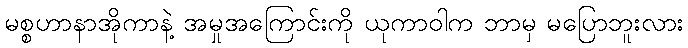
မစ္စဟာနာအိုကာနဲ့ အမှုအကြောင်းကို ယုကာဝါက ဘာမှ မပြောဘူးလား